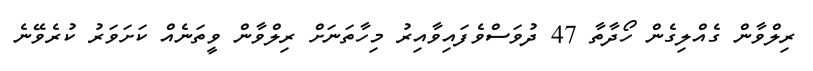
ރިލްވާން ގެއްލިގެން ހޯދާތާ 47 ދުވަސްވެފައިވާއިރު މިހާތަނަށް ރިލްވާން ވީތަނެއް ކަށަވަރު ކުރެވޭނެ